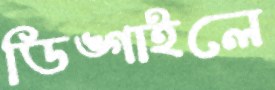
ডিঙ্গাইলে